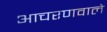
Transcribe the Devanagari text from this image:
आचरणवाले